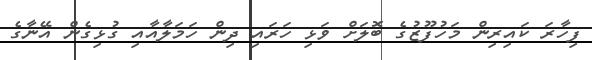
ފިހާރަ ކައިރިން މަހުފޫޒުގެ ބޮލަށް ވަޅި ހަރައި ދިން ހަމަލާއާއި ގުޅިގެން އޭނާގެ